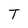
Character: T